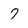
Character: 7